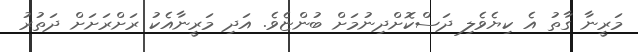
މަރީނާ ގާތު އެ ކިޔެވެލި ދަސްކޮށްދިނުމަށް ބުންޏެވެ. އަދި މަރީނާއެކު ރަށްރަށަށް ދަތުރު